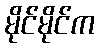
မိုင်မိုင်က